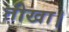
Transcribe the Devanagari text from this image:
तीखा।